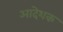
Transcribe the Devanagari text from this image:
आदेशक